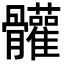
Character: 𩪼